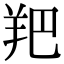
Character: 羓